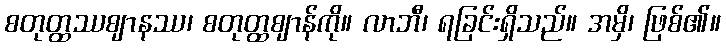
စတုတ္ထဿဈာနဿ၊ စတုတ္ထဈာန်ကို။ လာဘီ၊ ရခြင်းရှိသည်။ အမှိ၊ ဖြစ်၏။